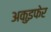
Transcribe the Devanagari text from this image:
अकुइफेर